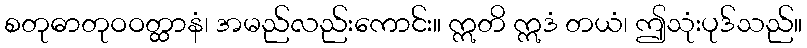
စတုဓာတုဝဝတ္ထာနံ၊ အမည်လည်းကောင်း။ ဣတိ ဣဒံ တယံ၊ ဤသုံးပုဒ်သည်။